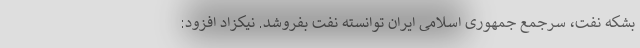
بشکه نفت، سرجمع جمهوری اسلامی ایران توانسته نفت بفروشد. نیکزاد افزود: